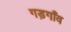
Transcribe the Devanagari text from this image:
गड़गाँव